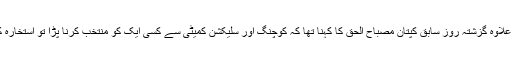
اس کے علاوہ گزشتہ روز سابق کپتان مصباح الحق کا کہنا تھا کہ کوچنگ اور سلیکشن کمیٹی سے کسی ایک کو منتخب کرنا پڑا تو استخارہ کروں گا۔